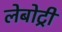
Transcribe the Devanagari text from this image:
लेबोट्री